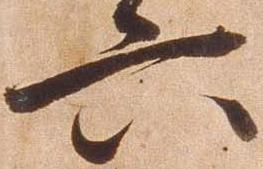
六